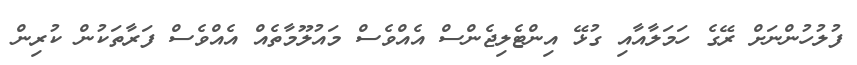
ފުލުހުންނަށް ރޭގެ ހަމަލާއާއި ގުޅޭ އިންޓެލިޖެންސް އެއްވެސް މައުލޫމާތެއް އެއްވެސް ފަރާތަކުން ކުރިން